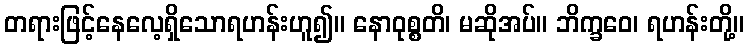
တရားဖြင့်နေလေ့ရှိသောရဟန်းဟူ၍။ နောဝုစ္စတိ၊ မဆိုအပ်။ ဘိက္ခဝေ၊ ရဟန်းတို့။